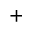
^ { + }